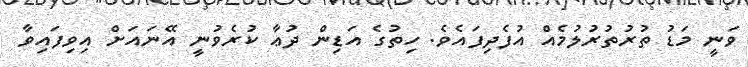
ވަނީ މަޑު ތުރުތުރުލުމެއް އުފެދިފައެވެ. ހިތުގެ އަޑިން ދުޢާ ކުރެވުނީ އޭނައަށް އިވިފައިވާ